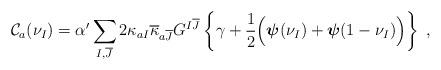
LaTeX: \begin{align*}{\cal C}_{a}(\nu_I)=\alpha^{\prime}\sum_{I,\overline{J}} 2 \kappa_{aI}\overline{\kappa}_{a\overline{J}} G^{I\overline{J}} \left\{ \gamma + \frac{1}{2}\Big(\mbox{\boldmath${\psi}$}(\nu_{I}) +\mbox{\boldmath${\psi}$}(1-\nu_{I})\Big)\right\}~,\end{align*}